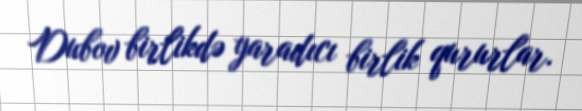
Dubov birlikdə yaradıcı birlik qururlar.